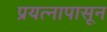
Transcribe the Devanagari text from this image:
प्रयत्‍नापासून